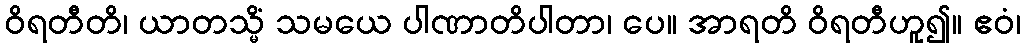
ဝိရတီတိ၊ ယာတသ္မိံ သမယေ ပါဏာတိပါတာ၊ ပေ။ အာရတိ ဝိရတီဟူ၍။ ဧဝံ၊